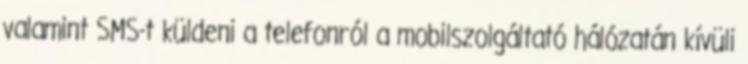
valamint SMS-t küldeni a telefonról a mobilszolgáltató hálózatán kívüli